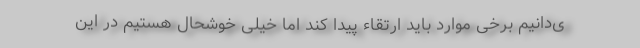
ی‌دانیم برخی موارد باید ارتقاء پیدا کند اما خیلی خوشحال هستیم در این